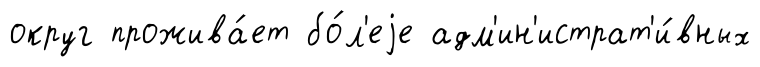
округ прожива́ет бо́л'еjе адм'ин'истрат'и́вных